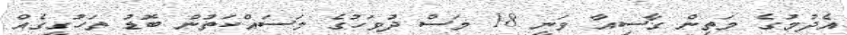
އެދުމުގެ މަތިން ގާސިއާ ވަނީ 18 މަސް ދުވަހުގެ މަސައްކަތުން ބޮޑު ތަހުގީގެއް